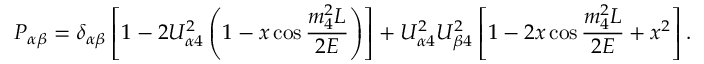
P _ { \alpha \beta } = \delta _ { \alpha \beta } \left[ 1 - 2 U _ { \alpha 4 } ^ { 2 } \left( 1 - x \cos { \frac { m _ { 4 } ^ { 2 } L } { 2 E } } \right) \right] + U _ { \alpha 4 } ^ { 2 } U _ { \beta 4 } ^ { 2 } \left[ 1 - 2 x \cos { \frac { m _ { 4 } ^ { 2 } L } { 2 E } } + x ^ { 2 } \right] .